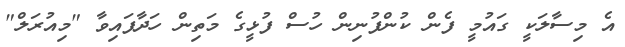
އެ މިސާލަކީ ގައުމީ ފެން ކުންފުނިން ހުސް ފުޅީގެ މަތިން ހަދާފައިވާ "މިއުރަލް"